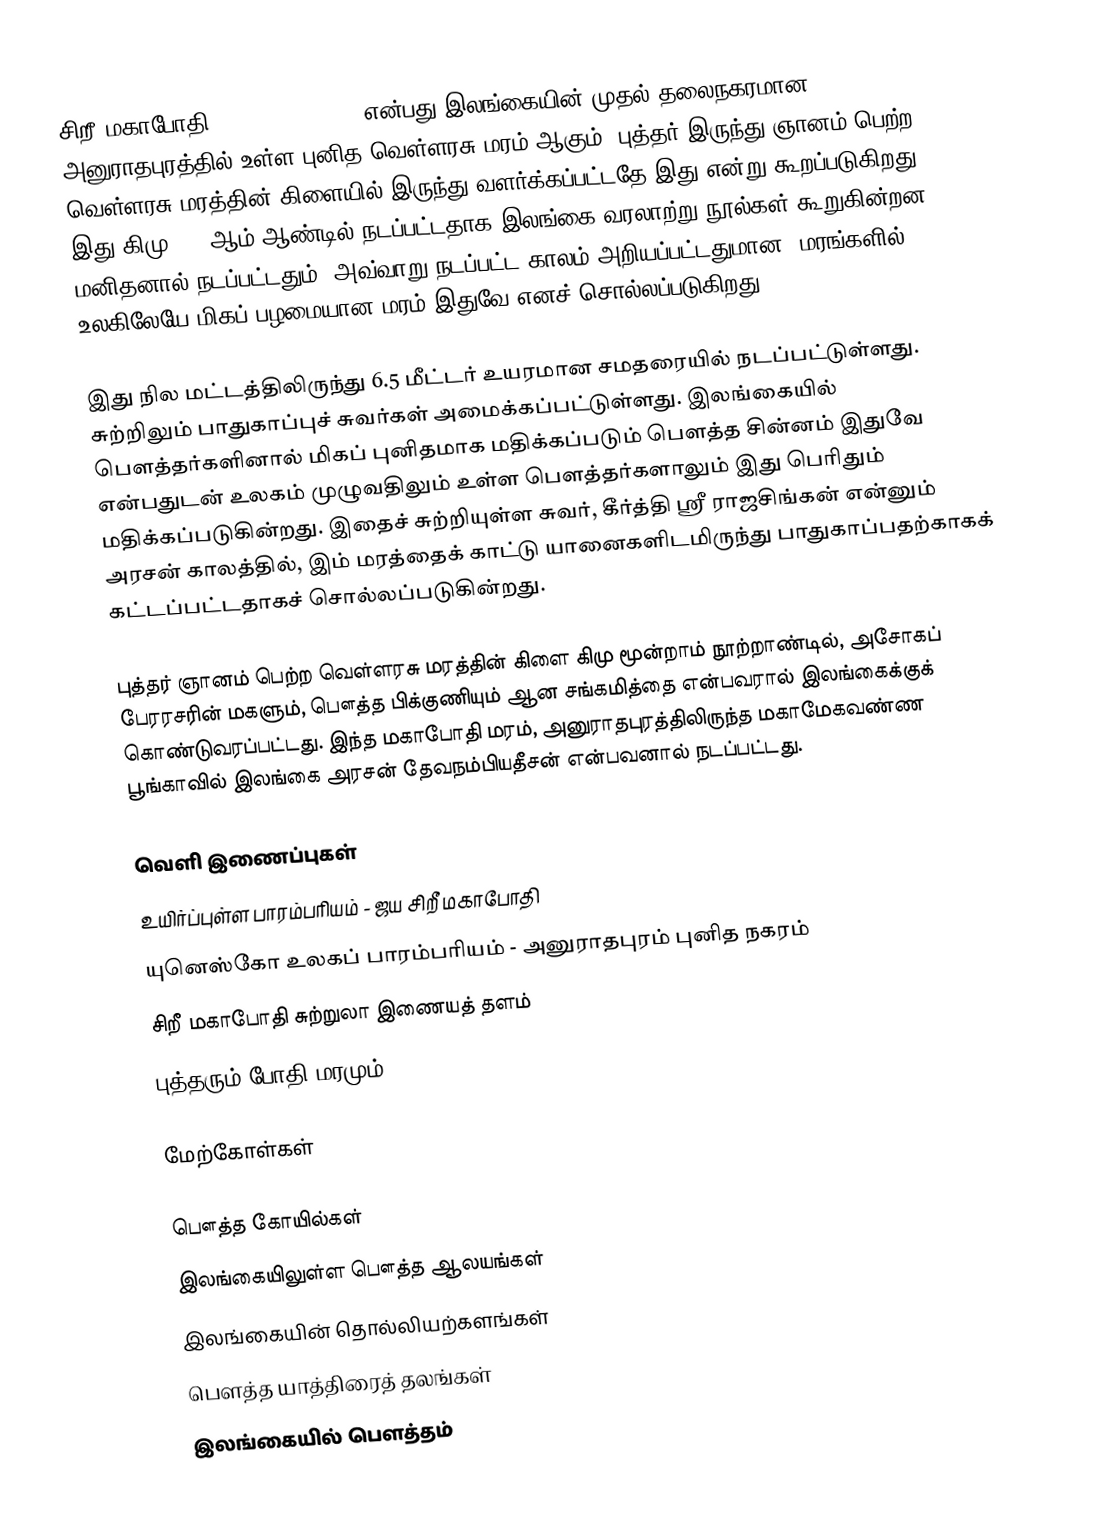
சிறீ மகாபோதி (Sri Maha Bodhi) என்பது இலங்கையின் முதல் தலைநகரமான அனுராதபுரத்தில் உள்ள புனித வெள்ளரசு மரம் ஆகும். புத்தர் இருந்து ஞானம் பெற்ற வெள்ளரசு மரத்தின் கிளையில் இருந்து வளர்க்கப்பட்டதே இது என்று கூறப்படுகிறது. இது கிமு 288 ஆம் ஆண்டில் நடப்பட்டதாக இலங்கை வரலாற்று நூல்கள் கூறுகின்றன. மனிதனால் நடப்பட்டதும், அவ்வாறு நடப்பட்ட காலம் அறியப்பட்டதுமான, மரங்களில், உலகிலேயே மிகப் பழமையான மரம் இதுவே எனச் சொல்லப்படுகிறது.

இது நில மட்டத்திலிருந்து 6.5 மீட்டர் உயரமான சமதரையில் நடப்பட்டுள்ளது. சுற்றிலும் பாதுகாப்புச் சுவர்கள் அமைக்கப்பட்டுள்ளது. இலங்கையில் பௌத்தர்களினால் மிகப் புனிதமாக மதிக்கப்படும் பௌத்த சின்னம் இதுவே என்பதுடன் உலகம் முழுவதிலும் உள்ள பௌத்தர்களாலும் இது பெரிதும் மதிக்கப்படுகின்றது.  இதைச் சுற்றியுள்ள சுவர், கீர்த்தி ஸ்ரீ ராஜசிங்கன் என்னும் அரசன் காலத்தில், இம் மரத்தைக் காட்டு யானைகளிடமிருந்து பாதுகாப்பதற்காகக் கட்டப்பட்டதாகச் சொல்லப்படுகின்றது.

புத்தர் ஞானம் பெற்ற வெள்ளரசு மரத்தின் கிளை கிமு மூன்றாம் நூற்றாண்டில், அசோகப் பேரரசரின் மகளும், பௌத்த பிக்குணியும் ஆன சங்கமித்தை என்பவரால் இலங்கைக்குக் கொண்டுவரப்பட்டது. இந்த மகாபோதி மரம், அனுராதபுரத்திலிருந்த மகாமேகவண்ண பூங்காவில் இலங்கை அரசன் தேவநம்பியதீசன் என்பவனால் நடப்பட்டது.

வெளி இணைப்புகள்
உயிர்ப்புள்ள பாரம்பரியம் - ஜய சிறீ மகாபோதி
யுனெஸ்கோ உலகப் பாரம்பரியம் - அனுராதபுரம் புனித நகரம்
சிறீ மகாபோதி சுற்றுலா இணையத் தளம்
புத்தரும் போதி மரமும்

மேற்கோள்கள்

பௌத்த கோயில்கள்
இலங்கையிலுள்ள பௌத்த ஆலயங்கள்
இலங்கையின் தொல்லியற்களங்கள்
பௌத்த யாத்திரைத் தலங்கள்
இலங்கையில் பௌத்தம்